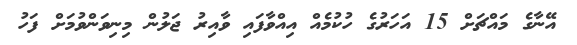
އޭނާގެ މައްޗަށް 15 އަހަރުގެ ހުކުމެއް އިއްވާފައި ވާއިރު ޖަލުން މިނިވަންވުމަށް ފަހު